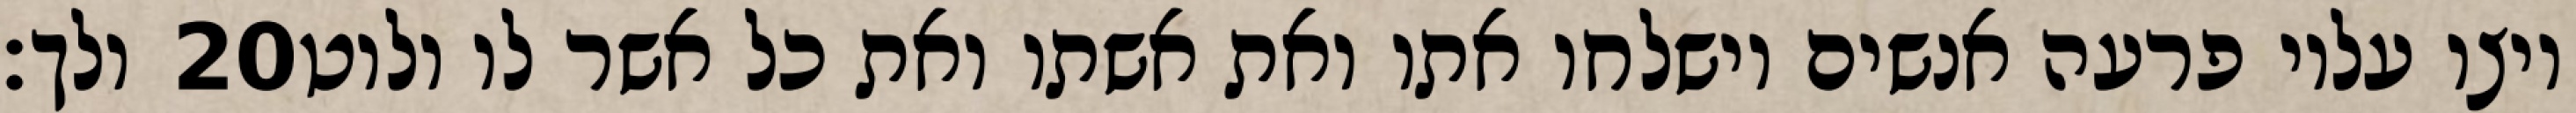
ולך׃ ‎20‏ ויצו עליו פרעה אנשים וישלחו אתו ואת אשתו ואת כל אשר לו ולוט